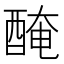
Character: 醃